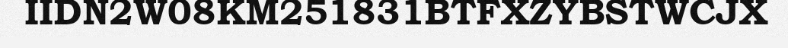
IIDN2W08KM251831BTFXZYBSTWCJX